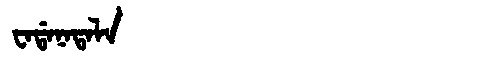
Manchu: ᠸᠠᡩᠠᠨᠠᡨᠠᠯᠠ
Romanization: WADANATALA